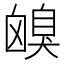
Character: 𦤟